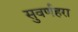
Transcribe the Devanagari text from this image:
सुवर्णहरा